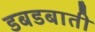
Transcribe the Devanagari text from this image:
डबडबाती